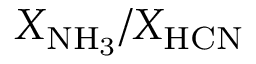
X _ { \mathrm { N H _ { 3 } } } / X _ { \mathrm { H C N } }